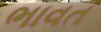
ભાવત